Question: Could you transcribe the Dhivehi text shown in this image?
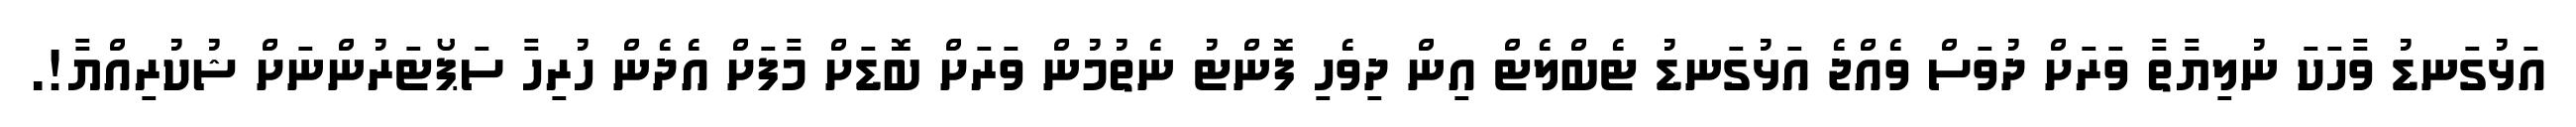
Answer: އަޅުގަނޑު ވާހަކަ ނުލިޔާތާ ވަރަށް ދުވަސް ވެއްޖެ އަޅުގަނޑު ޓެބްލެޓް އިން ދިވެހި ފޮންޓު ނެތުމުން ވަރަށް ބޮޑަށް މާފަށް އެދެން ހުރިހާ ސަޕޯޓަރުންނަށް ޝުކުރިއްޔާ!.